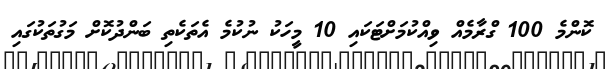
ކޮންމެ 100 ގްރާމެއް ވިއްކުމަށްޓަކައި 10 މީހަކު ނުކުމެ އެތަކެތި ބަންދުކޮށް މަގުތަކުގައި